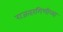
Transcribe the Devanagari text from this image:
राजतरंगिणीच्या